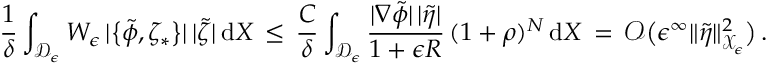
\frac { 1 } { \delta } \int _ { \mathcal { D } _ { \epsilon } } W _ { \epsilon } \, | \bigl \{ \tilde { \phi } , \zeta _ { * } \bigr \} | \, | \tilde { \zeta } | \, \mathrm { d } X \, \le \, \frac { C } { \delta } \int _ { \mathcal { D } _ { \epsilon } } \frac { | \nabla \tilde { \phi } | \, | \tilde { \eta } | } { 1 + \epsilon R } \, ( 1 + \rho ) ^ { N } \, \mathrm { d } X \, = \, \mathcal { O } \bigl ( \epsilon ^ { \infty } \| \tilde { \eta } \| _ { \mathcal { X } _ { \epsilon } } ^ { 2 } \bigr ) \, .